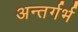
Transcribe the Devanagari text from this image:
अन्तर्गर्भ